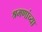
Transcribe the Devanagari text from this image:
श्रमणांच्या